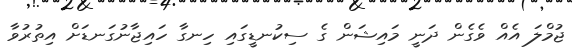
ޖުމްލަ އެއް ވެގެން ދަނީ މައިޝަން ގެ ސިކުނޑީގައި ހިނގާ ހައިޖާނުގަނޑަށް އިތުރުވާ